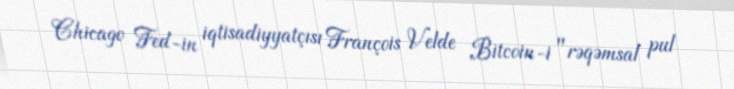
Chicago Fed-in iqtisadiyyatçısı François Velde Bitcoin-i "rəqəmsal pul